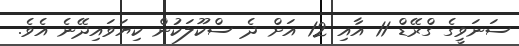
ސަނަވީގެ ގްރޭޑް 11 އާއި 12 އަށް ދެ ސްކޫލަކުން ކިޔަވައިދޭނެ އެވެ.